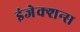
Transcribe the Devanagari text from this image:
इंजेक्शन्स